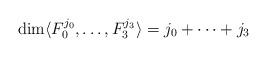
LaTeX: \begin{align*}\dim\langle F_0^{j_0},\ldots,F_3^{j_3}\rangle = j_0 + \cdots + j_3\end{align*}